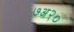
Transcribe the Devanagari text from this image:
७अ२०